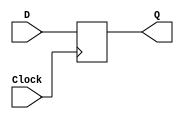
// D Flip Flop without Reset
 
module d_ff
   (
    input wire Clock,
    input wire D,
    output reg Q
   );
 
   always @(posedge Clock)
      Q = D;
endmodule